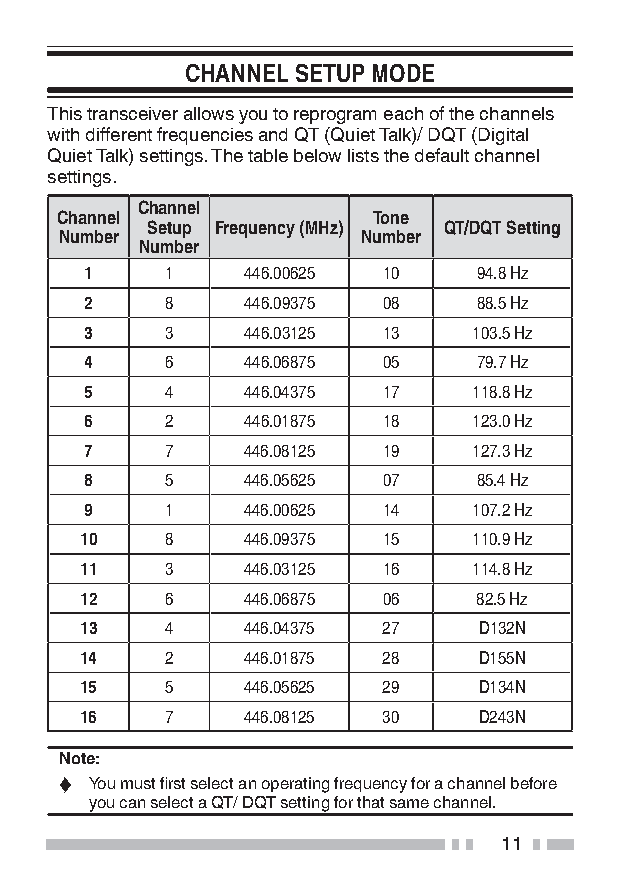
CHANNEL SETUP MODE
 This transceiver allows you to reprogram each of the channels
 with different frequencies and QT (Quiet Talk)/ DQT (Digital
 Quiet Talk) settings. The table below lists the default channel
 settings.
 Channel
 Channel              Tone
 Setup Frequency (MHz) QT/DQT Setting
 Number              Number
 Number
 1    1    446.00625 10    94.8 Hz
 2    8    446.09375 08    88.5 Hz
 3    3    446.03125 13   103.5 Hz
 4    6    446.06875 05    79.7 Hz
 5    4    446.04375 17   118.8 Hz
 6    2    446.01875 18   123.0 Hz
 7    7    446.08125 19   127.3 Hz
 8    5    446.05625 07    85.4 Hz
 9    1    446.00625 14   107.2 Hz
 10    8    446.09375 15   110.9 Hz
 11    3    446.03125 16   114.8 Hz
 12    6    446.06875 06   82.5 Hz
 13    4    446.04375 27    D132N
 14    2    446.01875 28    D155N
 15    5    446.05625 29    D134N
 16    7    446.08125 30    D243N
 Note:
 ◆ You must first select an operating frequency for a channel before
 you can select a QT/ DQT setting for that same channel.
 11